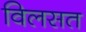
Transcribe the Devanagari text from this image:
विलसत